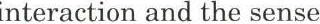
interaction and the sense